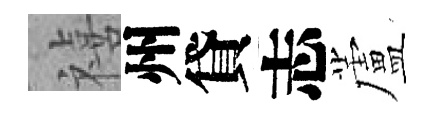
禧州貸志蘆